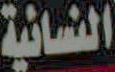
النسائية